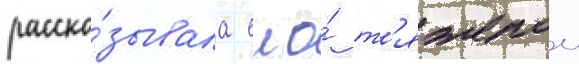
расска́зывала еи о́ т'яжелои